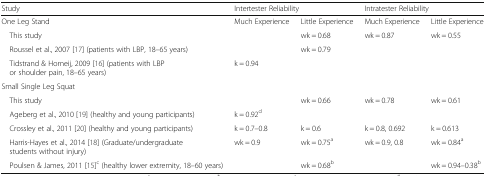
<table><thead><tr><td><b>Study</b></td><td colspan="2"><b>Intertester Reliability</b></td><td colspan="2"><b>Intratester Reliability</b></td></tr></thead><tbody><tr><td>One Leg Stand</td><td>Much Experience</td><td>Little Experience</td><td>Much Experience</td><td>Little Experience</td></tr><tr><td> This study</td><td></td><td>wk = 0.68</td><td>wk = 0.87</td><td>wk = 0.55</td></tr><tr><td> Roussel et al., 2007 [17] (patients with LBP, 18–65 years)</td><td></td><td>wk = 0.79</td><td></td><td></td></tr><tr><td> Tidstrand &amp; Horneij, 2009 [16] (patients with LBP or shoulder pain, 18–65 years)</td><td>k = 0.94</td><td></td><td></td><td></td></tr><tr><td colspan="5">Small Single Leg Squat</td></tr><tr><td> This study</td><td></td><td>wk = 0.66</td><td>wk = 0.78</td><td>wk = 0.61</td></tr><tr><td> Ageberg et al., 2010 [19] (healthy and young participants)</td><td>k = 0.92<sup>d</sup></td><td></td><td></td><td></td></tr><tr><td> Crossley et al., 2011 [20] (healthy and young participants)</td><td>k = 0.7–0.8</td><td>k = 0.6</td><td>k = 0.8, 0.692</td><td>k = 0.613</td></tr><tr><td> Harris-Hayes et al., 2014 [18] (Graduate/undergraduate students without injury)</td><td>wk = 0.9</td><td>wk = 0.75<sup>a</sup></td><td>wk = 0.9, 0.8</td><td>wk = 0.84<sup>a</sup></td></tr><tr><td> Poulsen &amp; James, 2011 [15]<sup>c</sup> (healthy lower extremity, 18–60 years)</td><td></td><td>wk = 0.68<sup>b</sup></td><td></td><td>wk = 0.94–0.38<sup>b</sup></td></tr></tbody></table>